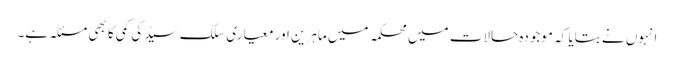
انہوں نے بتایا کہ موجودہ حالات میں محکمہ میں ماہرین اور معیاری سلک سیڈ کی کمی کا بھی مسئلہ ہے۔